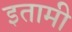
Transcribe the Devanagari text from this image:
इतामी